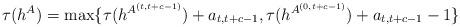
LaTeX: \begin{align*}\tau(h^A)=\max\{\tau(h^{A^{(t,t+c-1)}})+a_{t,t+c-1},\tau(h^{A^{(0,t+c-1)}})+a_{t,t+c-1}-1\}\end{align*}